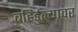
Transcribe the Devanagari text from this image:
बहिर्डुल्यावर